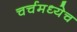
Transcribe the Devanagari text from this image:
चर्चमध्येच